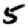
Digit: 5